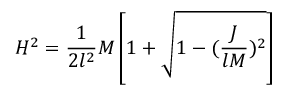
H ^ { 2 } = \frac { 1 } { 2 l ^ { 2 } } M \left[ 1 + \sqrt { 1 - ( \frac { J } { l M } ) ^ { 2 } } \right] \nonumber